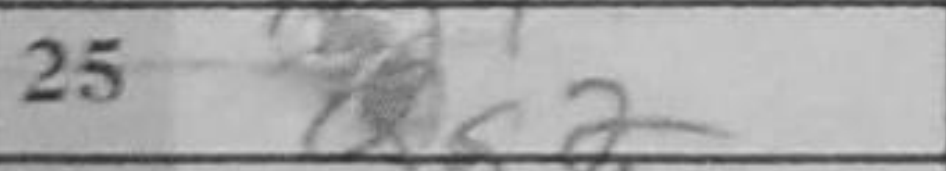
Transcription: Qg2